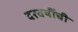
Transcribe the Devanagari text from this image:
दरवर्षीची